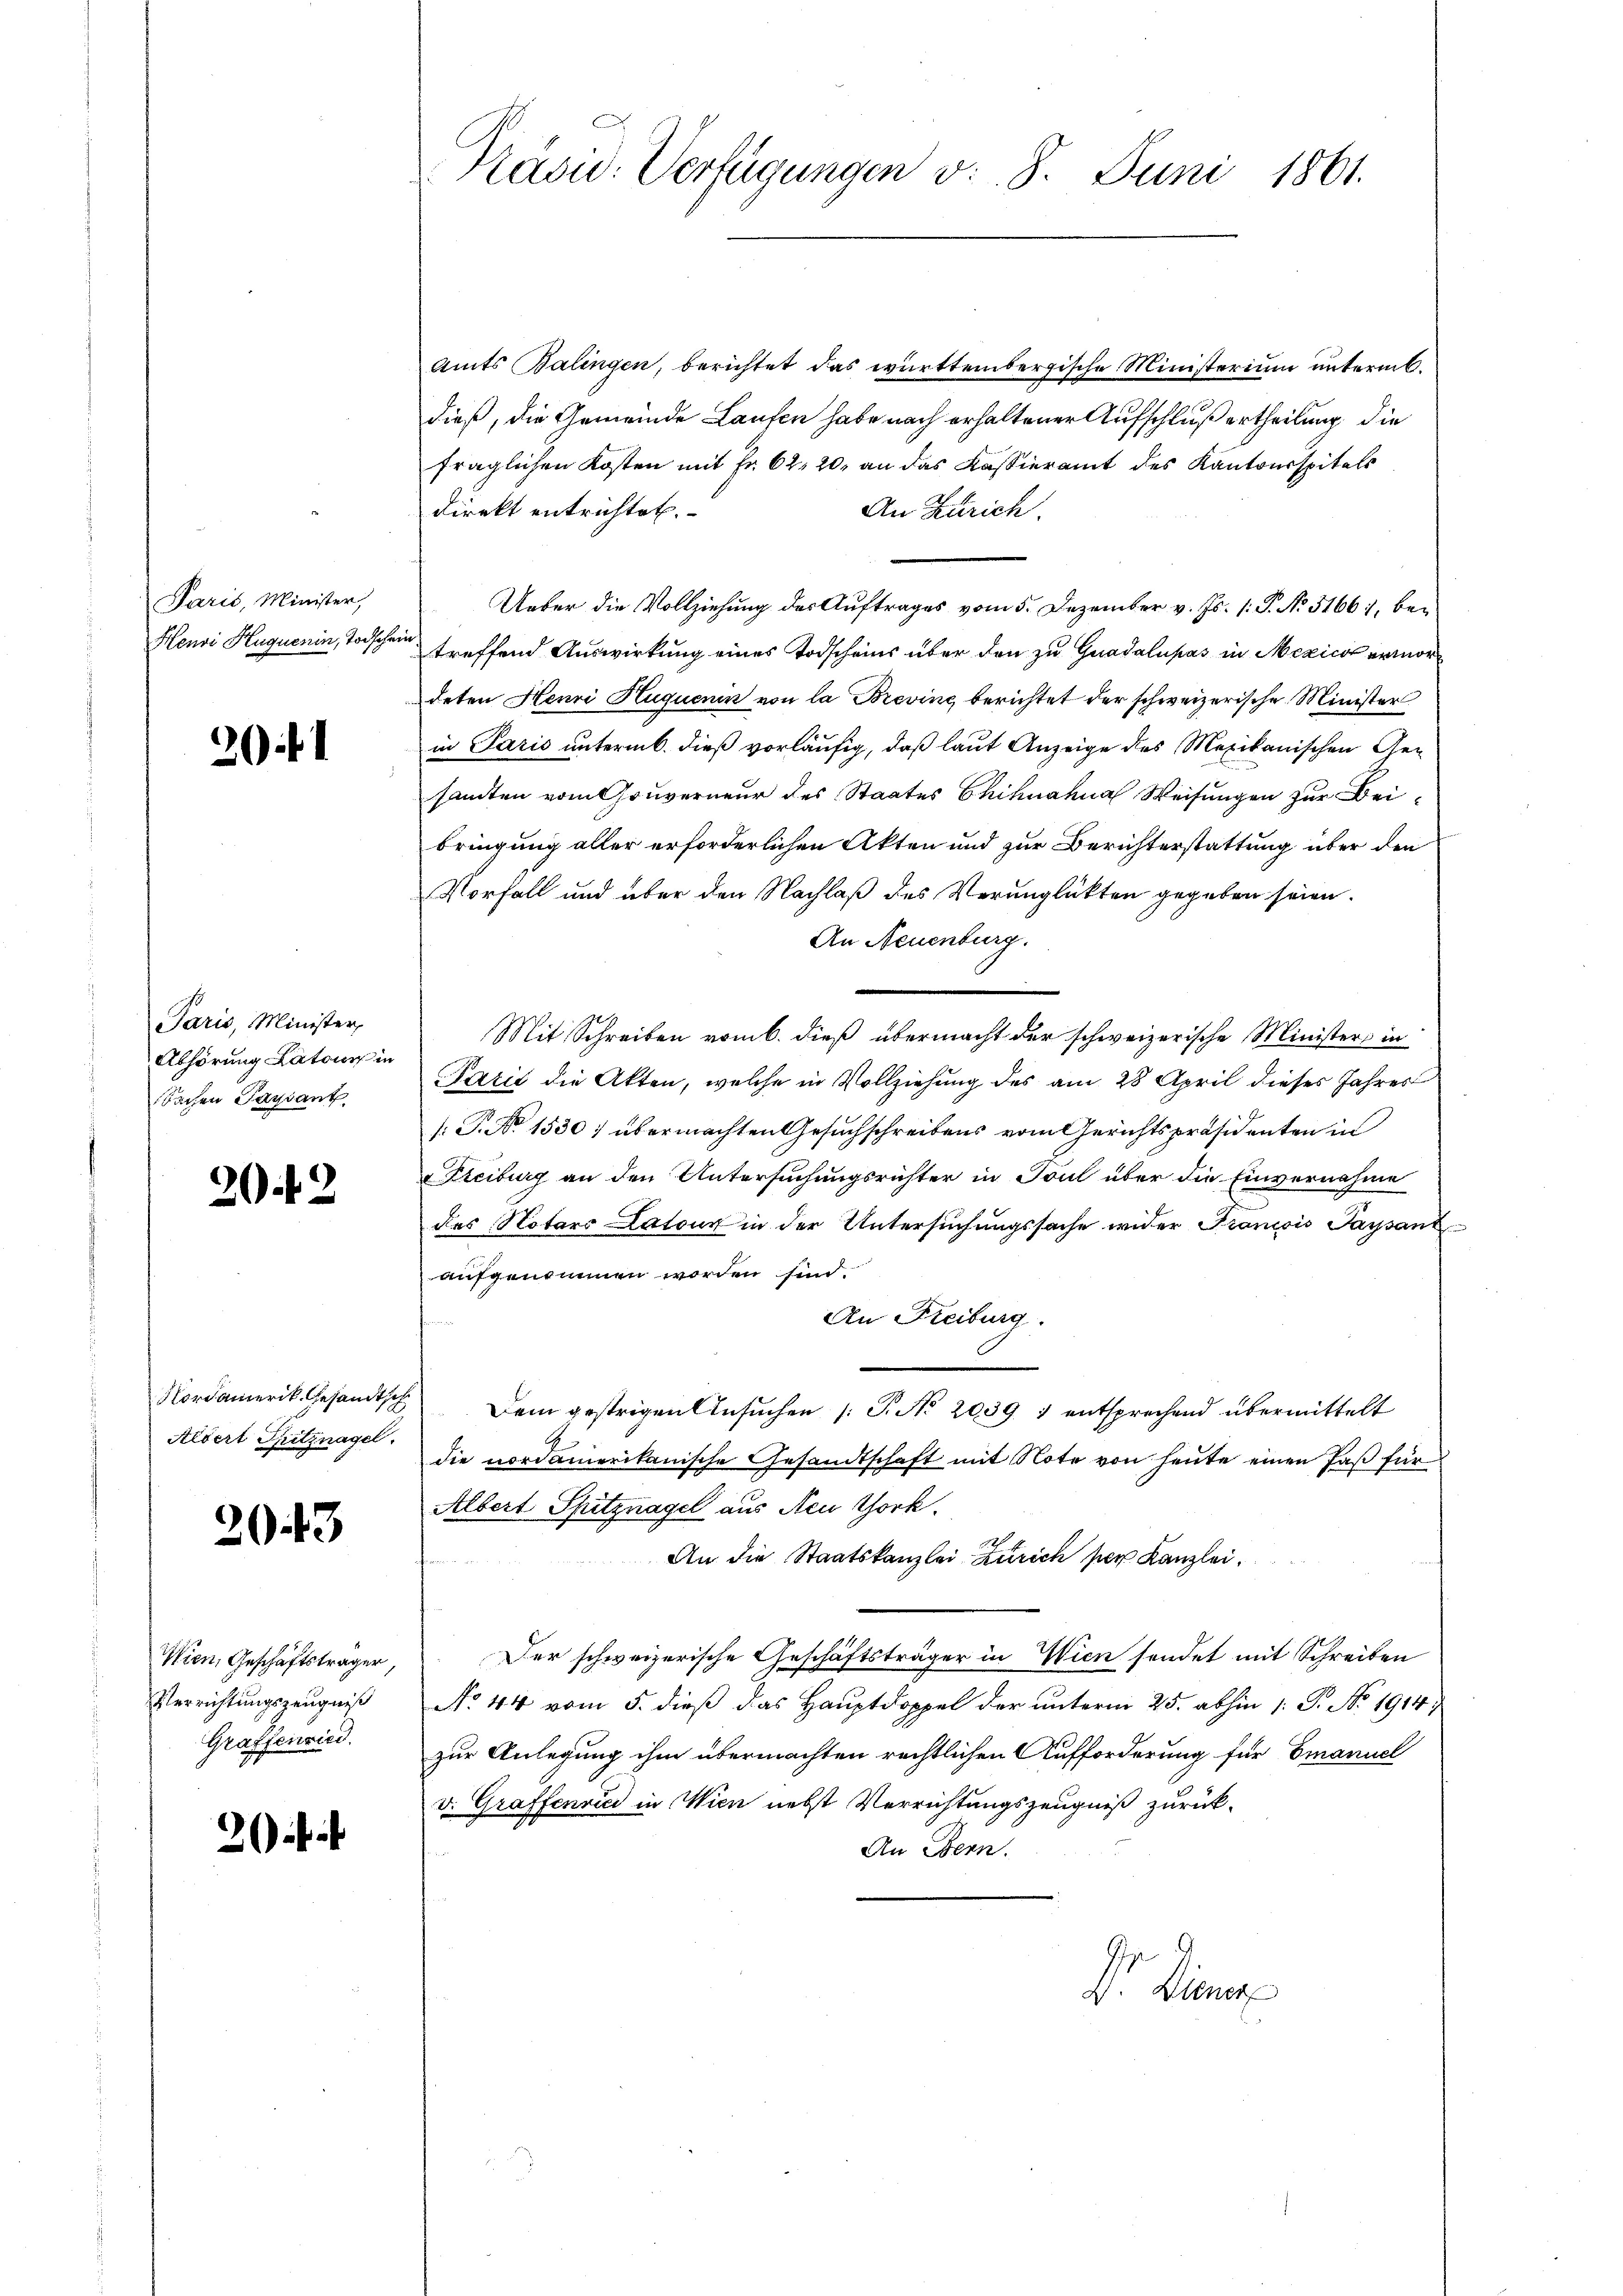
Paris, Minister,
Henvi Huquenin, Todscha

20f

Paris, Minister,
Abhörung Latonis in
Sachen Tagsant

202

Albert Spitznagel.

2043

Wien, Geschäftsträger,
Verrichtungszeugniß
Graffenried.

2

Präsid. Verfügungen v. 8. Juni 1861.

Amts Balingen, berichtet das württembergische Ministerium unterm 6.
dieß, die Gemeinde Laufen habe nach erhaltener Aufschluß ertheilung, die
fraglichen Kosten mit Fr. 62, 20, an das Kassieramt des Kantonsspitals
direkt entrichtet.
An Zürich.
Ueber die Vollziehung des Auftrages vom 5. Dezember v. Js. 1. P. No. 51661, bei
treffend Auswirkung eines Todscheins über den zu Guadalupas in Mexicot ermordeten Henri Huquenin von la Brevine berichtet der schweizerische Minister
in Paris unterm 6. dieß vorläufig, daß laut Anzeige des Mexikanischen Gen
sandten vom Gouverneur des Staates Chihnahna Weisungen zur Beibringung aller erforderlichen Akten und zur Berichterstattung über den
Vorfall und über den Nachlaß des Verunglükten gegeben seien.
An Neuenburg.
e
Mit Schreiben vom 6. dieß übermacht der schweizerische Ministers in
Paris die Akten, welche in Vollziehung des am 28 April dieses Jahres
: P. No 1530) übermachten Gesuchschreibens vom Gerichtspräsidenten in
Freiburg an den Untersuchungsrichter in Toul über die Einvernahme
des Notars Datour in der Untersuchungssache wider Francois Paysant
aufgenommen worden sind.
An Freiburg.
Nordamerik. Gesandtsche Dem gestrigen Ansuchen (T. No. 2039 1 entsprechend übermittelt
die nordamerikanische Gesandtschaft mit Note von heute einen Paß für
Albert Spitznagel aus Acu York.
An die Staatskanzlei Zürich per Kanzlei.
Der schweizerische Geschäftsträger in Wien sondet mit Schreiben
No 44 vom 5. dieß das Hauptdoppel der unterm 25. abhin 1: P. No. 1914
zur Anlegung ihm übermachten rechtlichen Aufforderung für Emanuel
v. Graffenrie in Wien nebst Verrichtungszeugniß zurück¬
An Bern.
Dr. Diens